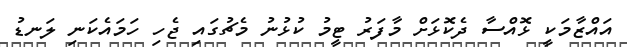
އައްޒާމަކީ ޅޮއްސާ ދެކޮޅަށް މާފަރު ޓީމު ކުޅުނު މެޗުގައި ޖެހި ހަމައެކަނި ލަނޑު